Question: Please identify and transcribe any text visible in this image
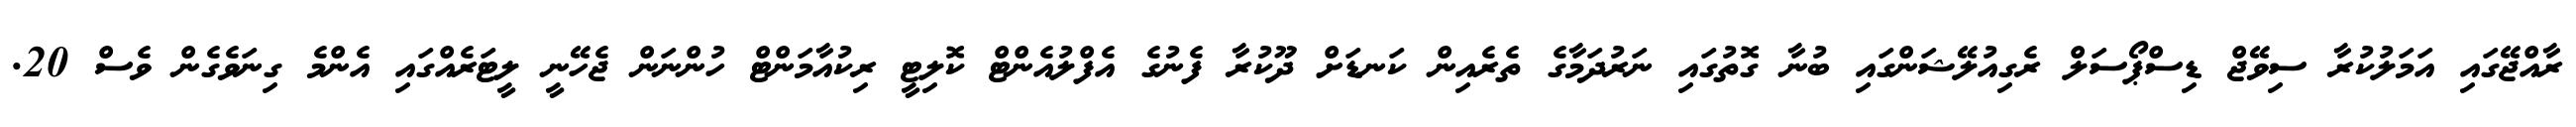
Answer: ރާއްޖޭގައި އަމަލުކުރާ ސިވޭޖް ޑިސްޕޯސަލް ރެގިއުލޭޝަންގައި ބުނާ ގޮތުގައި ނަރުދަމާގެ ތެރެއިން ކަނޑަށް ދޫކުރާ ފެނުގެ އެފްލުއެންޓް ކޮލިޓީ ރިކުއާމަންޓް ހުންނަން ޖެހޭނީ ލީޓަރެއްގައި އެންމެ ގިނަވެގެން ވެސް 20.